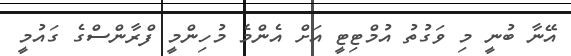
އޭނާ ބުނީ މި ވަގުތު އުމްޓިޓީ އަށް އެންމެ މުހިންމީ ފްރާންސްގެ ގައުމީ